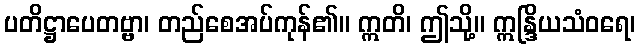
ပတိဋ္ဌာပေတဗ္ဗာ၊ တည်စေအပ်ကုန်၏။ ဣတိ၊ ဤသို့။ ဣန္ဒြိယသံဝရေ၊